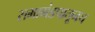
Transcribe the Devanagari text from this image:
सभामंडपातूनच